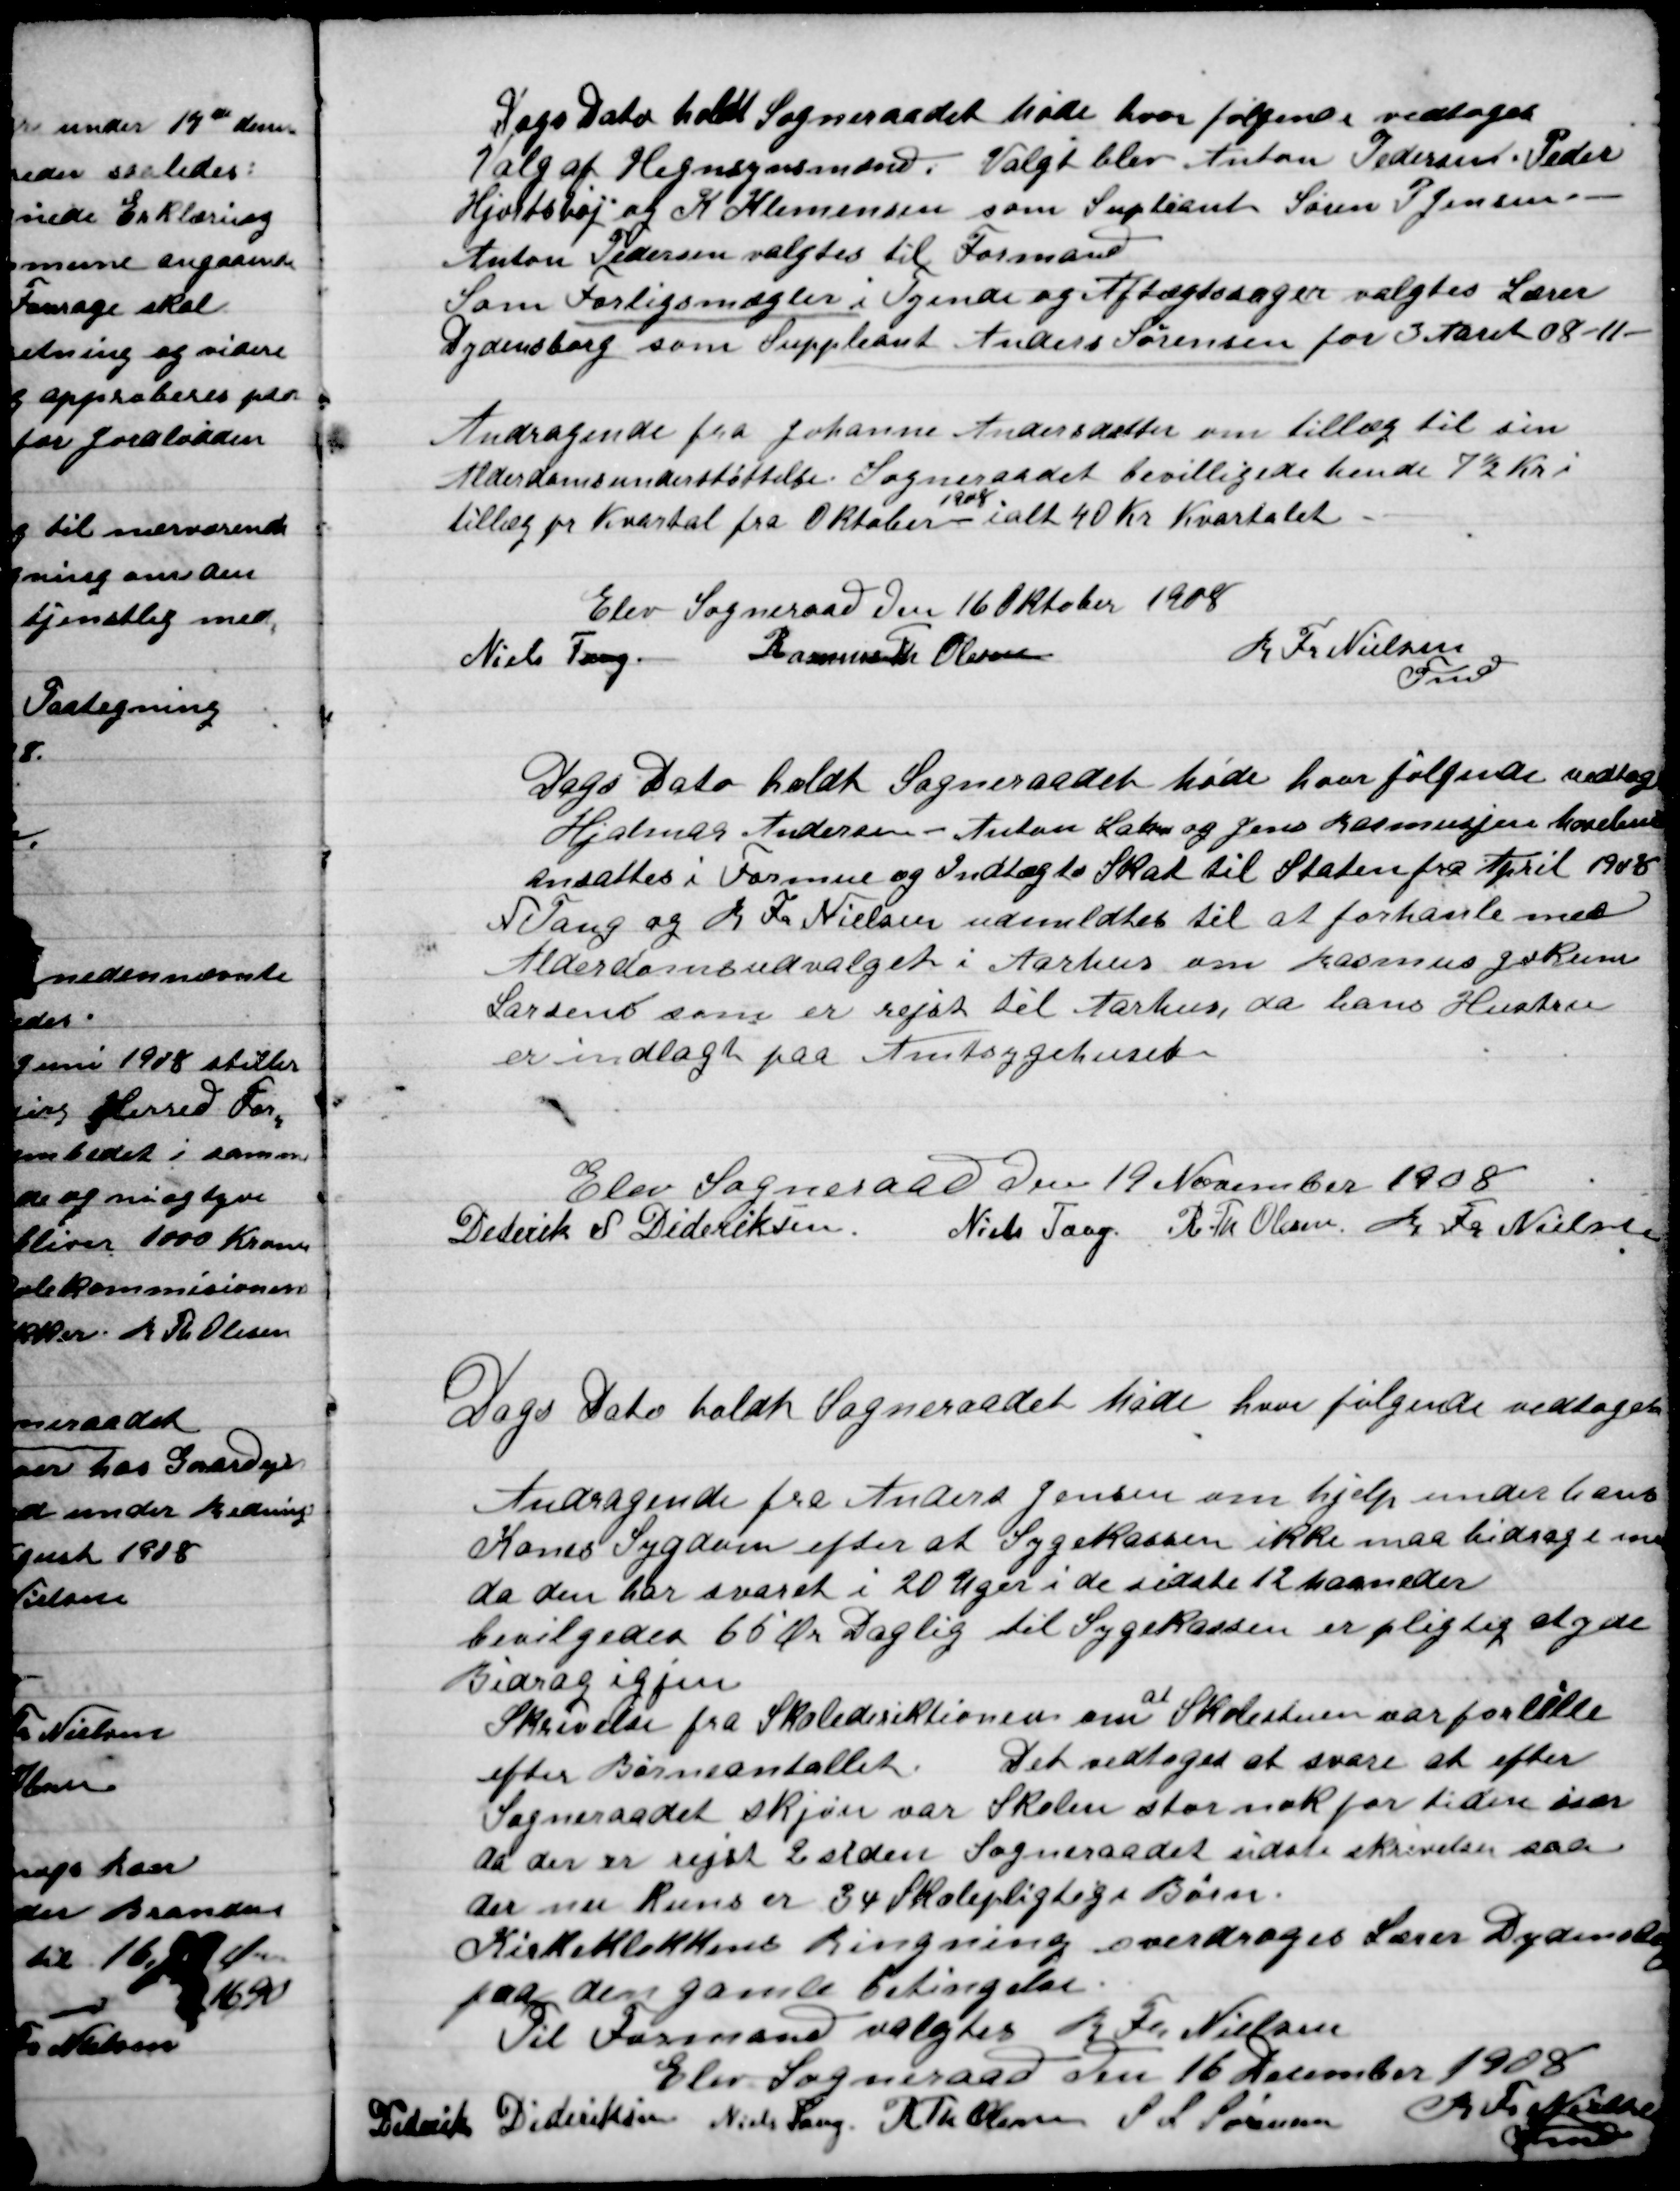
Transskription:
Dags Dato holdt Sogneraadet Møde hvor følgende vedtoges
Valg af Hegnsynsmænd. Valgt blev Anton Pedersen, Peder
Hjortshøj og K. Klemmensen som Suppleant Søren P. Jensen
Anton Pedersen valgtes til Formand.
Som Forligsmægler i Tydende og Aftægtssager valgtes Lærer
Dydensborg som Suppleant Anders Sørensen for 3. Aaret 08-11-

Andragende fra Johanne Andersens Datter om tillæg til sin
Alderdomsunderstøttelse . Sogneraadet bevilligede hende 7½ Kr. i
tillæg pr Kvartal fra Oktober
1908
i alt 40 Kr. Kvartalet

Elev Sogneraad Den 16. Oktober 1908

Niels Tang
Rasmus Th. Olesen
R. Fr. Nielsen
Fmd.

Dags Dato holdt Sogneraadet Møde hvor følgende vedtoges
Hjalmar Andersen – Anton Laho og Jens Rasmussen hvorledes
ansattes i Formue og Indtægts skat til Staten fra April 1908
N. Tang og, R. Fr. Nielsen udmeldtes til at forhandle med
Alderdomsudvalget i Aarhus om Rasmus Gudrun
Larsen som er rejst til Aarhus, da hans Hustru
er indlagt paa Amtssygehuset.

Elev Sogneraad Den 19. November 1908

Diderik Dideriksen
Niels Tang
R. Th. Olesen
R. Fr. Nielsen

Dags Dato holdt Sogneraadet Møde hvor følgende vedtoges

Andragende fra Anders Jensen om hjælp under hans
Kones Sygdom efter at Sygekassen ikke maa bidrage som
da den har svaret i 20 Uger i de sidste 12 maaneder.
bevilgedes 65 Øre Daglig til Sygekassen er pligtig at yde
Bidrag igen.
Skrivelse fra Skoledirektionen om at Skolestuen var for lille
efter Børneantallet. Det vedtoges at svare at efter
Sogneraadets skjøn var Skolen stor nok for tiden især
at der er rejst 2 siden Sogneraadet sidste skrivelse saa
der nu Kuns er 34 Skolepligtige Børn.
Kirkeklokkens Ringning overdroges Lærer Dydensborg
På den gamle betingelse.
Til Formand valgtes R. Fr. Nielsen

Elev Sogneraad Den 16, December 1908

Diderik Dideriksen
Niels Tang
R. Th. Olesen
S.L. Sørensen
R. Fr. Nielsen
Fmd.